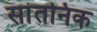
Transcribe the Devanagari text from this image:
सांतनिक